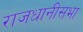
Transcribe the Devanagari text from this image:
राजधानीसभा